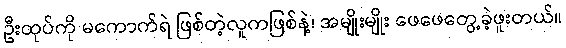
ဦးထုပ်ကို မကောက်ရဲ ဖြစ်တဲ့လူကဖြစ်နဲ့၊ အမျိုးမျိုး ဖေဖေတွေ့ခဲ့ဖူးတယ်။